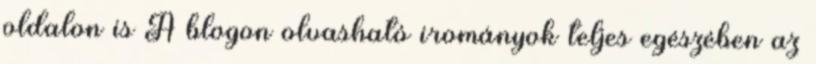
oldalon is A blogon olvasható irományok teljes egészében az